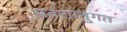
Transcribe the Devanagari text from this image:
अवंशानुगत